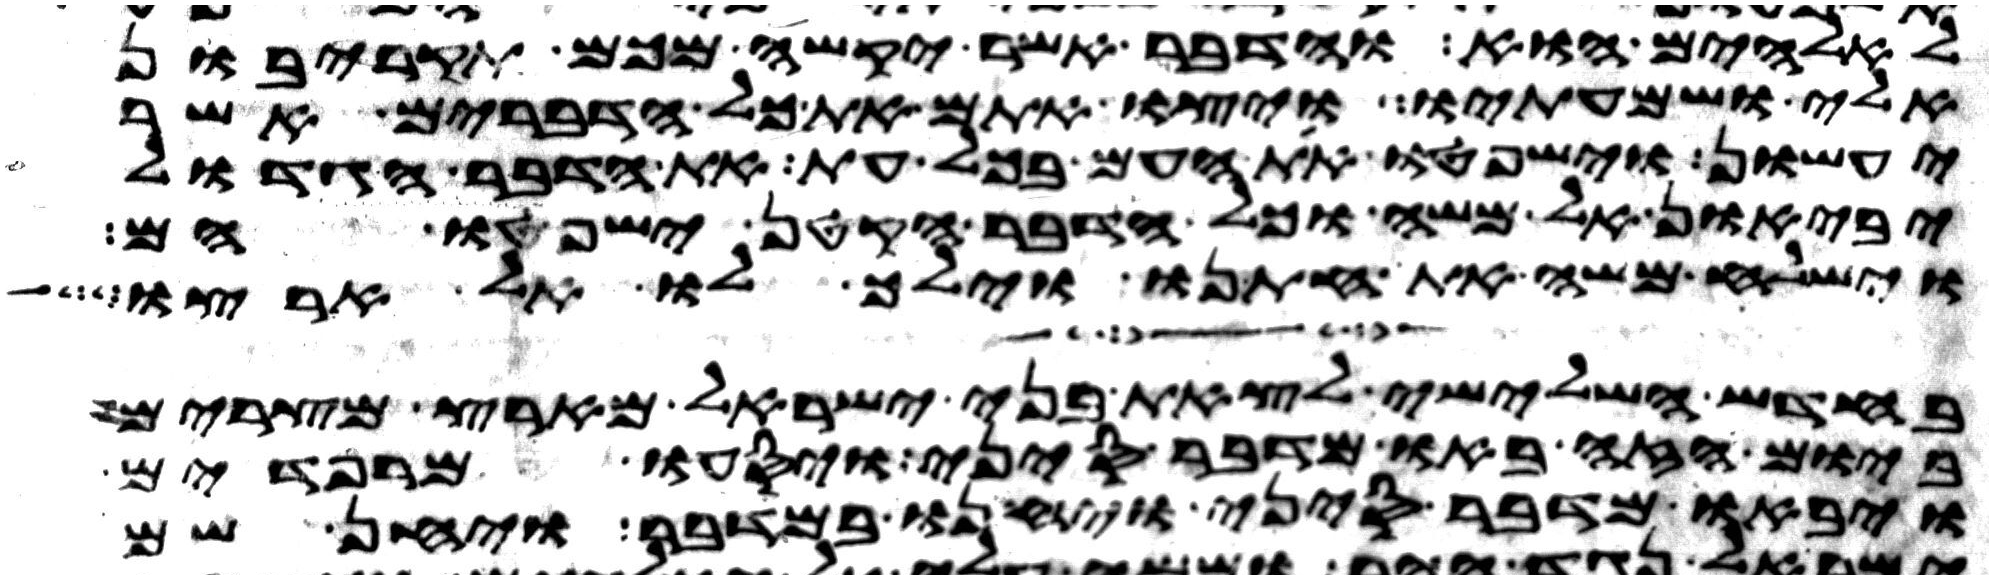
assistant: לאלהים הוא והדבר אשר יקשה מכם תקריבון
אלי ושמעתיו ויצו אתם את כל הדברים אשר
יעשון וישפטו את העם בכל עת את הדבר הגדול
יביאון אל משה וכל הדבר הקטן ישפטו הם
וישלח משה את חתנו וילך לו אל ארצו
בחדש השלישי לצאת בני ישראל מארץ מצרים
ביום הזה באו מדבר סיני ויסעו מרפידים
ויבאו מדבר סיני ויחנו במדבר ויחן שם